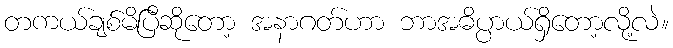
တကယ်ချစ်မိပြီဆိုတော့ အနာဂတ်ဟာ ဘာအဓိပ္ပာယ်ရှိတော့လို့လဲ။